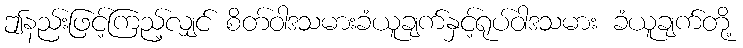
ဤနည်းဖြင့်ကြည့်လျှင် စိတ်ဝါဒသမားခံယူချက်နှင့်ရုပ်ဝါဒသမား ခံယူချက်တို့